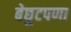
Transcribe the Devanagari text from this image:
बेछूटपणा